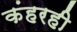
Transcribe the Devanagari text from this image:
कंहरही